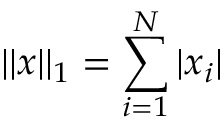
| | x | | _ { 1 } = \sum _ { i = 1 } ^ { N } | x _ { i } |